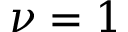
\nu = 1